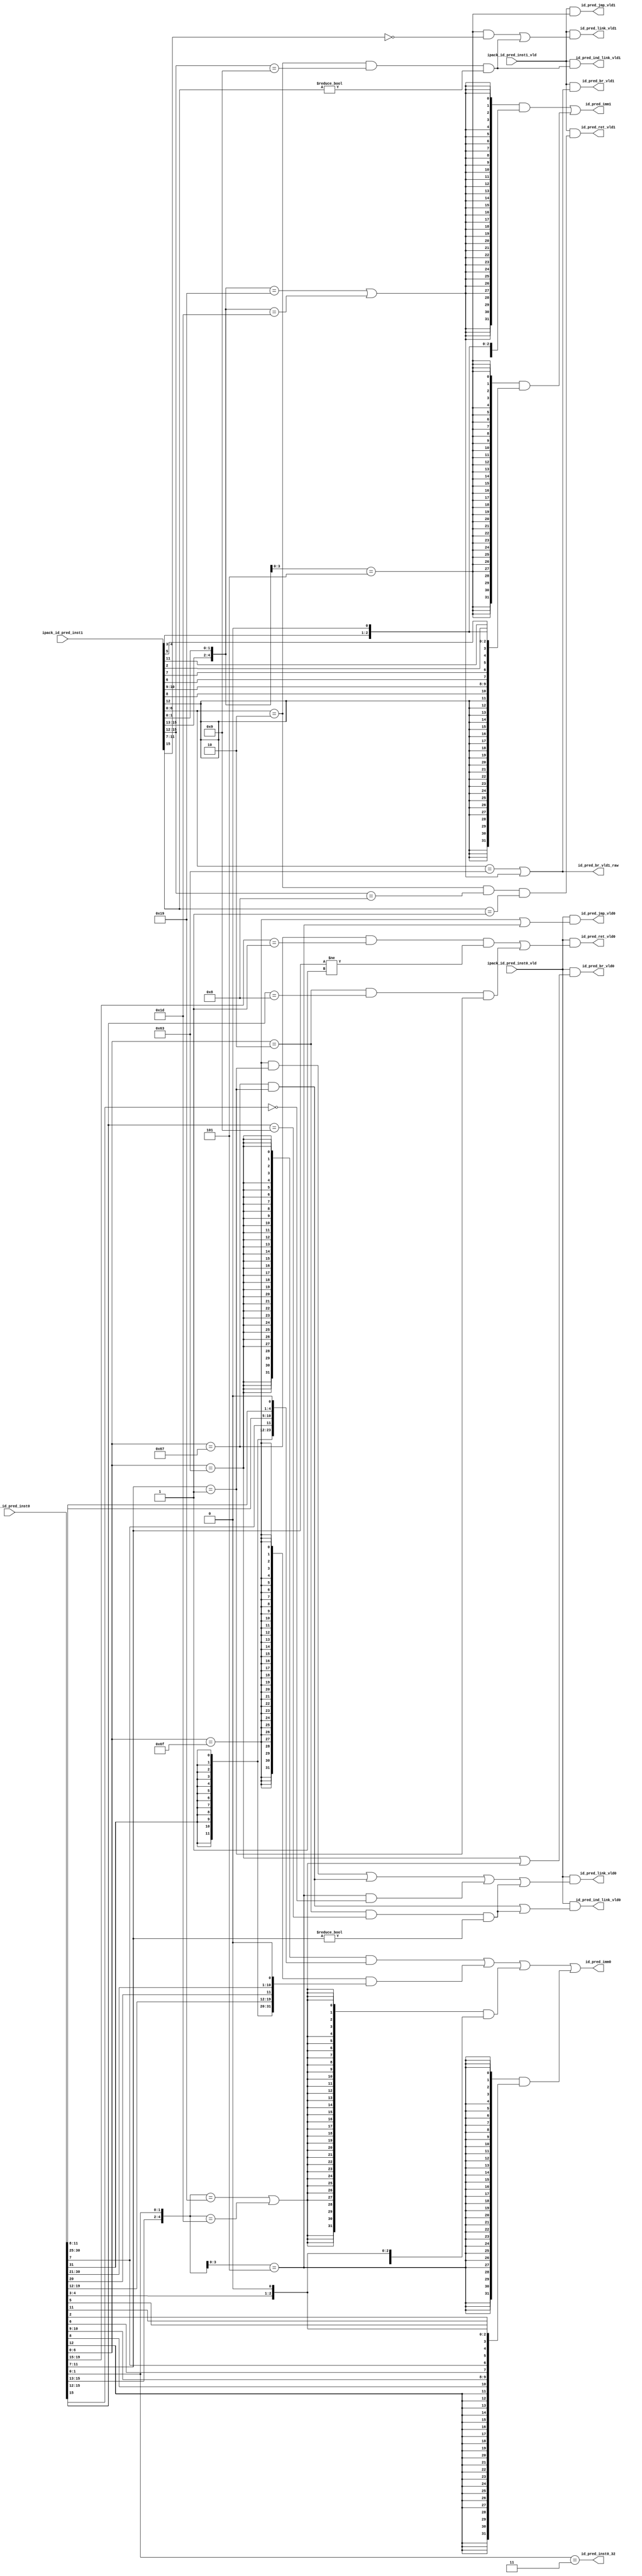
// This program was cloned from: https://github.com/T-head-Semi/opene906
// License: Apache License 2.0

/*Copyright 2020-2021 T-Head Semiconductor Co., Ltd.

Licensed under the Apache License, Version 2.0 (the "License");
you may not use this file except in compliance with the License.
You may obtain a copy of the License at

    http://www.apache.org/licenses/LICENSE-2.0

Unless required by applicable law or agreed to in writing, software
distributed under the License is distributed on an "AS IS" BASIS,
WITHOUT WARRANTIES OR CONDITIONS OF ANY KIND, either express or implied.
See the License for the specific language governing permissions and
limitations under the License.
*/

// &ModuleBeg; @23
module pa_ifu_pre_decd(
  id_pred_br_vld0,
  id_pred_br_vld1,
  id_pred_br_vld1_raw,
  id_pred_imm0,
  id_pred_imm1,
  id_pred_ind_link_vld0,
  id_pred_ind_link_vld1,
  id_pred_inst0_32,
  id_pred_jmp_vld0,
  id_pred_jmp_vld1,
  id_pred_link_vld0,
  id_pred_link_vld1,
  id_pred_ret_vld0,
  id_pred_ret_vld1,
  ipack_id_pred_inst0,
  ipack_id_pred_inst0_vld,
  ipack_id_pred_inst1,
  ipack_id_pred_inst1_vld
);

// &Ports; @24
input   [31:0]  ipack_id_pred_inst0;    
input           ipack_id_pred_inst0_vld; 
input   [15:0]  ipack_id_pred_inst1;    
input           ipack_id_pred_inst1_vld; 
output          id_pred_br_vld0;        
output          id_pred_br_vld1;        
output          id_pred_br_vld1_raw;    
output  [31:0]  id_pred_imm0;           
output  [31:0]  id_pred_imm1;           
output          id_pred_ind_link_vld0;  
output          id_pred_ind_link_vld1;  
output          id_pred_inst0_32;       
output          id_pred_jmp_vld0;       
output          id_pred_jmp_vld1;       
output          id_pred_link_vld0;      
output          id_pred_link_vld1;      
output          id_pred_ret_vld0;       
output          id_pred_ret_vld1;       

// &Regs; @25

// &Wires; @26
wire    [31:0]  btype_imm;              
wire            btype_vld;              
wire            btype_vld1;             
wire    [31:0]  cbtype_imm0;            
wire    [31:0]  cbtype_imm1;            
wire            cbtype_vld0;            
wire            cbtype_vld1;            
wire            cjlrtype_vld0;          
wire            cjlrtype_vld1;          
wire            cjltype_vld0;           
wire            cjltype_vld1;           
wire            cjrtype_vld0;           
wire            cjrtype_vld1;           
wire    [31:0]  cjtype_imm0;            
wire    [31:0]  cjtype_imm1;            
wire            cjtype_vld0;            
wire            cjtype_vld1;            
wire            id_pred_br_vld0;        
wire            id_pred_br_vld1;        
wire            id_pred_br_vld1_raw;    
wire    [31:0]  id_pred_imm0;           
wire    [31:0]  id_pred_imm1;           
wire            id_pred_ind_link_vld0;  
wire            id_pred_ind_link_vld1;  
wire            id_pred_inst0_32;       
wire            id_pred_jmp_vld0;       
wire            id_pred_jmp_vld1;       
wire            id_pred_link_vld0;      
wire            id_pred_link_vld1;      
wire            id_pred_ret_vld0;       
wire            id_pred_ret_vld1;       
wire    [31:0]  inst0;                  
wire    [31:0]  inst0_imm;              
wire    [15:0]  inst1;                  
wire    [31:0]  inst1_imm;              
wire    [31:0]  ipack_id_pred_inst0;    
wire            ipack_id_pred_inst0_vld; 
wire    [15:0]  ipack_id_pred_inst1;    
wire            ipack_id_pred_inst1_vld; 
wire            jlrtype_vld;            
wire            jltype_vld;             
wire            jrtype_vld;             
wire    [31:0]  jtype_imm;              
wire            jtype_vld;              


//==========================================================
// Pre-Decode Module
// 1. First Inst Decode
// 2. Second Inst Decode
//==========================================================

//------------------------------------------------
// 1. First Inst Decode
// a. 32-bit Decode, Branch, Jal and Jalr X1
// b. 16-bit Decode, Branch, Jal and Jalr X1
//------------------------------------------------

assign inst0[31:0] = ipack_id_pred_inst0[31:0];
assign inst1[15:0] = ipack_id_pred_inst1[15:0];

// a. 32-bit Decode, Jal, Branch and Jalr X1

// B-Type: BEQ BNE BLT BGE BLTU BGEU
assign btype_vld       = inst0[6:0] == 7'b1100011;
assign btype_imm[31:0] = {{20{inst0[31]}}, inst0[7], inst0[30:25], 
                         inst0[11:8], 1'b0};

// J-Type: JAL
assign jtype_vld       = inst0[6:0] == 7'b1101111;
assign jtype_imm[31:0] = {{12{inst0[31]}}, inst0[19:12], inst0[20], 
                         inst0[30:21], 1'b0};

// Jr-Type: JALR X1
assign jrtype_vld      = inst0[6:0] == 7'b1100111 & inst0[19:15] == 5'b1
                       //& inst0[31:20] == 12'b0 & inst0[11:7] != 5'b1;
                       & inst0[11:7] != 5'b1;

// TODO: JALR JL
assign jltype_vld      = jtype_vld & inst0[11:7] == 5'b1;
assign jlrtype_vld     = inst0[6:0] == 7'b1100111 & inst0[11:7] == 5'b1;

// b. 16-bit Decode, Branch, Jal and Jalr X1

// CB-Type: C.BEQZ C.BNEZ
assign cbtype_vld0       = {inst0[15:13], inst0[1:0]} == 5'b11001 |
                           {inst0[15:13], inst0[1:0]} == 5'b11101;
assign cbtype_imm0[31:0] = {{24{inst0[12]}}, inst0[6:5], inst0[2],
                           inst0[11:10], inst0[4:3], 1'b0}; 

// CJ-Type: C.J C.JAL
assign cjtype_vld0       = {inst0[14:13], inst0[1:0]} == 4'b0101;
assign cjtype_imm0[31:0] = {{21{inst0[12]}}, inst0[8], inst0[10:9], 
                           inst0[6], inst0[7], inst0[2], inst0[11],
                           inst0[5:3], 1'b0};

// CJr-Type: C.JR X1
assign cjrtype_vld0      = inst0[6:0] == 7'b10 & inst0[15:12] == 4'b1000
                        & inst0[11:7] == 5'b1;

// Imm for Inst0
assign inst0_imm[31:0] = {32{  btype_vld}} &   btype_imm[31:0] |
                         {32{  jtype_vld}} &   jtype_imm[31:0] |
                         {32{cbtype_vld0}} & cbtype_imm0[31:0] |
                         {32{cjtype_vld0}} & cjtype_imm0[31:0] ;

// TODO
assign cjltype_vld0 = cjtype_vld0 & ~inst0[15];

// CJlr-Type: C.JALR X1
assign cjlrtype_vld0     = inst0[6:0] == 7'b10 & inst0[15:12] == 4'b1001
                         & inst0[11:7] != 5'b0;

//------------------------------------------------
// 2. Second Inst Decode
// 16-bit Decode, Jal, Branch and Jalr X1
//------------------------------------------------

assign btype_vld1        = inst1[6:0] == 7'b1100011;
// 16-bit Decode, Jal, Branch and Jalr X1
// CB-Type: C.BEQZ C.BNEZ
assign cbtype_vld1       = {inst1[15:13], inst1[1:0]} == 5'b11001 |
                           {inst1[15:13], inst1[1:0]} == 5'b11101;
assign cbtype_imm1[31:0] = {{24{inst1[12]}}, inst1[6:5], inst1[2],
                           inst1[11:10], inst1[4:3], 1'b0}; 

// CJ-Type: C.J C.JAL
assign cjtype_vld1       = {inst1[14:13], inst1[1:0]} == 4'b0101;
assign cjtype_imm1[31:0] = {{21{inst1[12]}}, inst1[8], inst1[10:9], 
                           inst1[6], inst1[7], inst1[2], inst1[11],
                           inst1[5:3], 1'b0};

// CJr-Type: C.JR X1
assign cjrtype_vld1      = inst1[6:0] == 7'b10 & inst1[15:12] == 4'b1000
                        & inst1[11:7] == 5'b1;

// TODO
assign cjltype_vld1 = cjtype_vld1 & ~inst1[15];

// CJr-Type: C.JALR X1
assign cjlrtype_vld1     = inst1[6:0] == 7'b10 & inst1[15:12] == 4'b1001
                         & inst1[11:7] != 5'b0;

// Imm for Inst1
assign inst1_imm[31:0] = {32{cbtype_vld1}} & cbtype_imm1[31:0] |
                         {32{cjtype_vld1}} & cjtype_imm1[31:0] ;

//==========================================================
// Rename for Output
//==========================================================

// Output to id prediction
assign id_pred_br_vld0    = ipack_id_pred_inst0_vld & (btype_vld | cbtype_vld0);
assign id_pred_jmp_vld0   = ipack_id_pred_inst0_vld & (jtype_vld | cjtype_vld0);
assign id_pred_link_vld0  = ipack_id_pred_inst0_vld & (jltype_vld | jlrtype_vld | cjltype_vld0 | cjlrtype_vld0);
assign id_pred_ret_vld0   = ipack_id_pred_inst0_vld & (jrtype_vld | cjrtype_vld0);
assign id_pred_imm0[31:0] = inst0_imm[31:0];
assign id_pred_inst0_32   = inst0[1:0] == 2'b11;
assign id_pred_ind_link_vld0 = ipack_id_pred_inst0_vld & (jlrtype_vld | cjlrtype_vld0);

assign id_pred_br_vld1    = ipack_id_pred_inst1_vld & (btype_vld1 | cbtype_vld1);
assign id_pred_br_vld1_raw = btype_vld1 | cbtype_vld1;
assign id_pred_jmp_vld1   = ipack_id_pred_inst1_vld & (cjtype_vld1);
assign id_pred_link_vld1  = ipack_id_pred_inst1_vld & (cjltype_vld1 | cjlrtype_vld1);
assign id_pred_ret_vld1   = ipack_id_pred_inst1_vld & (cjrtype_vld1);
assign id_pred_imm1[31:0] = inst1_imm[31:0];
assign id_pred_ind_link_vld1 = ipack_id_pred_inst1_vld & cjlrtype_vld1;

// &ModuleEnd; @150
endmodule